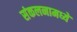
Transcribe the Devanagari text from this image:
संकलनामध्ये